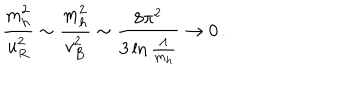
{ \frac { m _ { h } ^ { 2 } } { u _ { R } ^ { 2 } } } \sim { \frac { m _ { h } ^ { 2 } } { v _ { B } ^ { 2 } } } \sim { \frac { 8 \pi ^ { 2 } } { 3 \ln { \frac { \Lambda } { m _ { h } } } } } \to 0 \, .